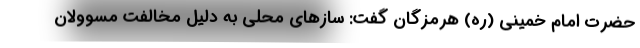
حضرت امام خمینی (ره) هرمزگان گفت: سازهای محلی به دلیل مخالفت مسوولان